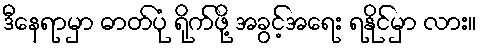
ဒီနေရာမှာ ဓာတ်ပုံ ရိုက်ဖို့ အခွင့်အရေး ရနိုင်မှာ လား။